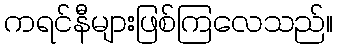
ကရင်နီများဖြစ်ကြလေသည်။